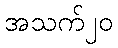
အသက်၂၀